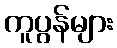
ကူပွန်များ